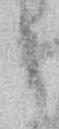
う